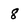
Character: 8